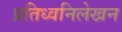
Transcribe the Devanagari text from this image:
प्रतिध्वनिलेखन